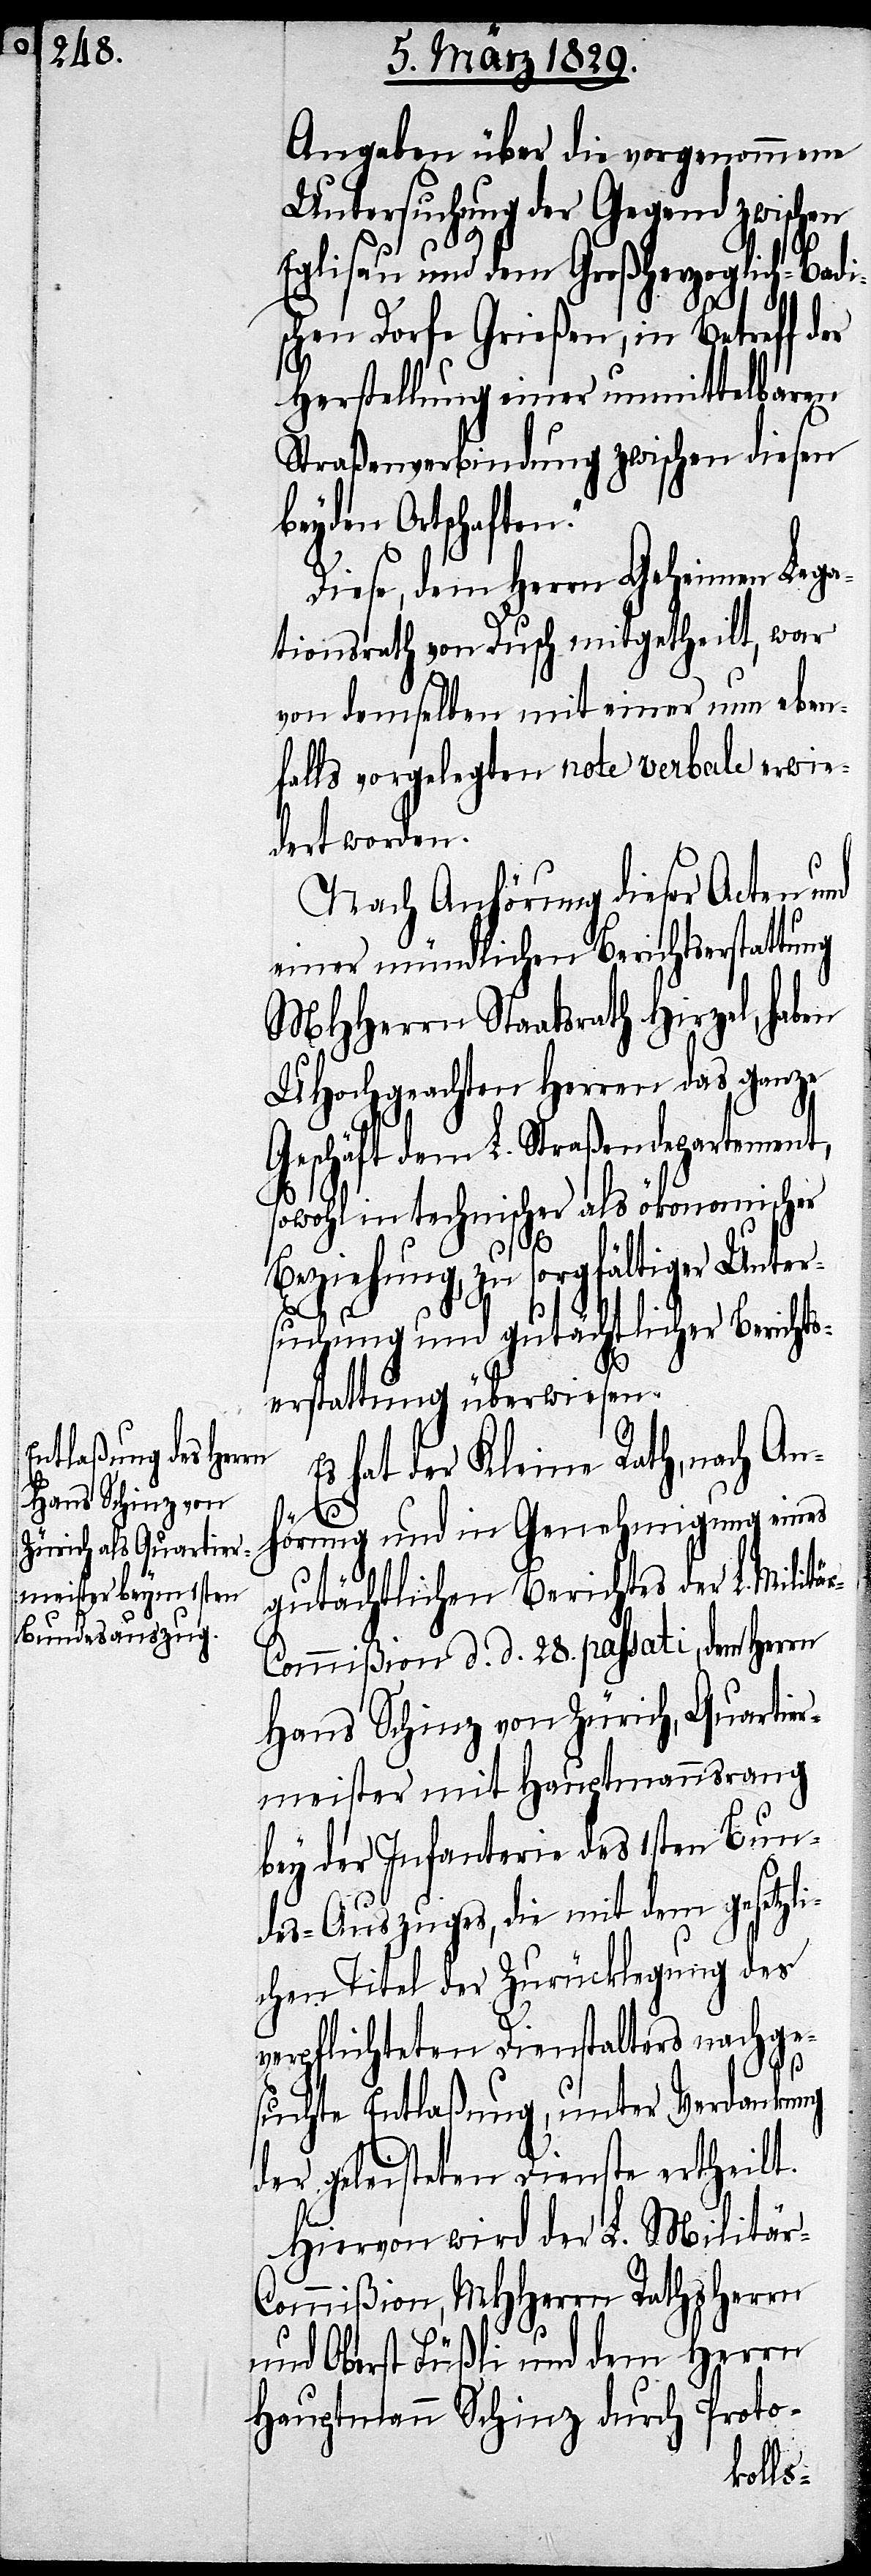
Angaben über die vorgenommene
Untersuchung der Gegend zwisch¬
Eglisau und dem Großherzoglich-Badi¬
schen Dorfe Grießen, in Betreff der
Herstellung einer unmittelbaren
Straßenverbindung zwischen diesen
beyden Ortschaften.“
Nach Anhörung dieser Acten und
einer mündlichen Berichtserstattung
MHHerrn Staatsrath Hirzel, haben
UHochgeachten Herren das ganze
Geschäft dem L. Straßendepartement,
sowohl in technischer als ökonomischer
Beziehung zu sorgfältiger Unter¬
suchung und gutächtlicher Berichts¬
erstattung überwiesen.
hat der Kleine Rath, nach Anh¬
r-C¬
örung und in Genehmigung eines
gutächtlichen Berichtes der L. Milit¬
ommißion d. d. 28. passati, dem Herrn
Hans Schinz von Zürich, Quartier¬
meister mit Hauptmannsrang
bey der Infanterie des 1sten Bun¬
des-Auszuges, die mit dem gesetzli¬
chen Titel der Zurücklegung des
verpflichteten Dienstalters nachge¬
en
suchte Entlaßung, unter Verdankung
der geleisteten Dienste ertheilt.
Hiervon wird der L. Militä¬
ommißion, MHHerrn Rathsherrn
und Oberst Füßli und dem Herrn
Hauptmann Schinz durch Proto-